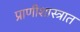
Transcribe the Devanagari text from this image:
प्राणीशास्त्रात